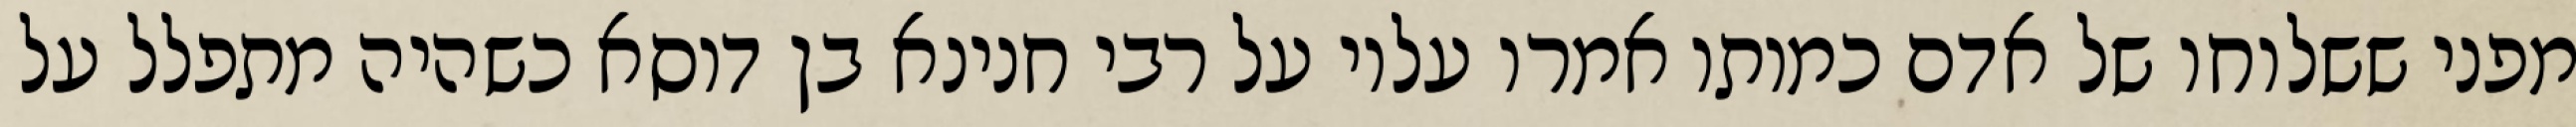
מפני ששלוחו של אדם כמותו אמרו עליו על רבי חנינא בן דוסא כשהיה מתפלל על